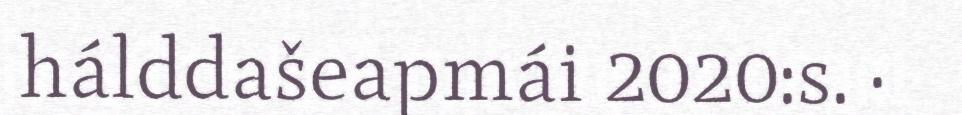
hálddašeapmái 2020:s. ·